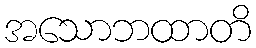
အသောဘထာတိ